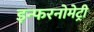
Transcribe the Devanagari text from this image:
इन्फरनोमेट्री